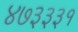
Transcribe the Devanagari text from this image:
४७३३३१